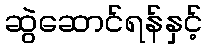
ဆွဲဆောင်ရန်နှင့်